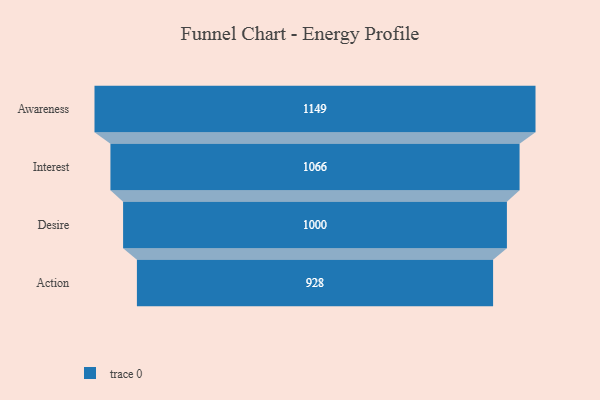
{"axis": {"x": "Stage", "y": "Value"}, "legend": [""], "data": [{"x": "Awareness", "y": 1149.0, "type": ""}, {"x": "Interest", "y": 1066.0, "type": ""}, {"x": "Desire", "y": 1000.0, "type": ""}, {"x": "Action", "y": 928.0, "type": ""}]}